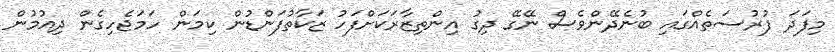
މިފަދަ ފުރުސަތެއްގައި ބުނެދޭންވެސް ނޭގޭ ދިގު އިންތިޒާރަކަށްފަހު ޒަކާތުފަންޑުން ކިމަން ހަމަޖެހިގެން ދިއުމުން